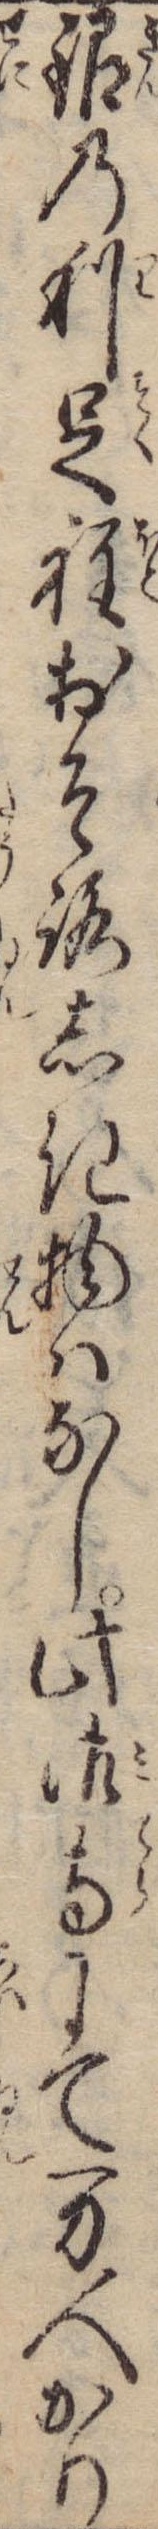
銀の利足程おそろしき物はなし此御寺にて万人かり